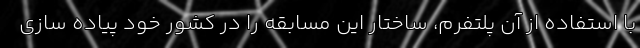
با استفاده از آن پلتفرم، ساختار این مسابقه را در کشور خود پیاده سازی